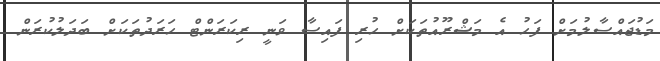
މަޑުޖައްސާލުމަށް ފަހު އެ މަޝްރޫއުތަކަށް ހުރި ފައިސާ ވަނީ ރިކަރަންޓް ހަރަދުތަކަށް ބަދަލުކުރަން